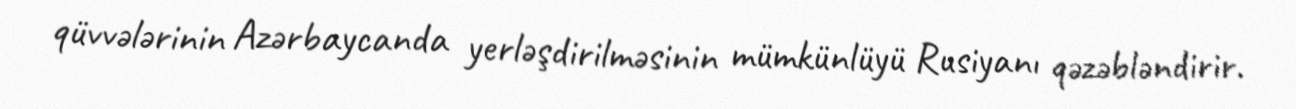
qüvvələrinin Azərbaycanda yerləşdirilməsinin mümkünlüyü Rusiyanı qəzəbləndirir.